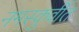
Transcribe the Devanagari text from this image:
नमस्कुर्वीत